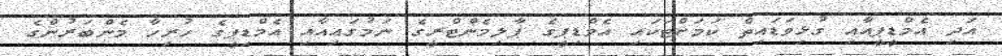
އަދި އެމްޑީޕީއާއި ގުޅިވަޑައިތް ކަމަށްޓަކައި އެމްޑިޕީގެ ޕާލިމެންޓްރީގެ ނަމުގައިއާއި އެމްޑިޕީގެ ހުރިހާ މެންބަރުންގެ